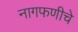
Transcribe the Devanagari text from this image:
नागफणीचे